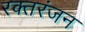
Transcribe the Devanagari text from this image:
रक्तरंजन